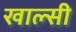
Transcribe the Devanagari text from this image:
खाल्सी